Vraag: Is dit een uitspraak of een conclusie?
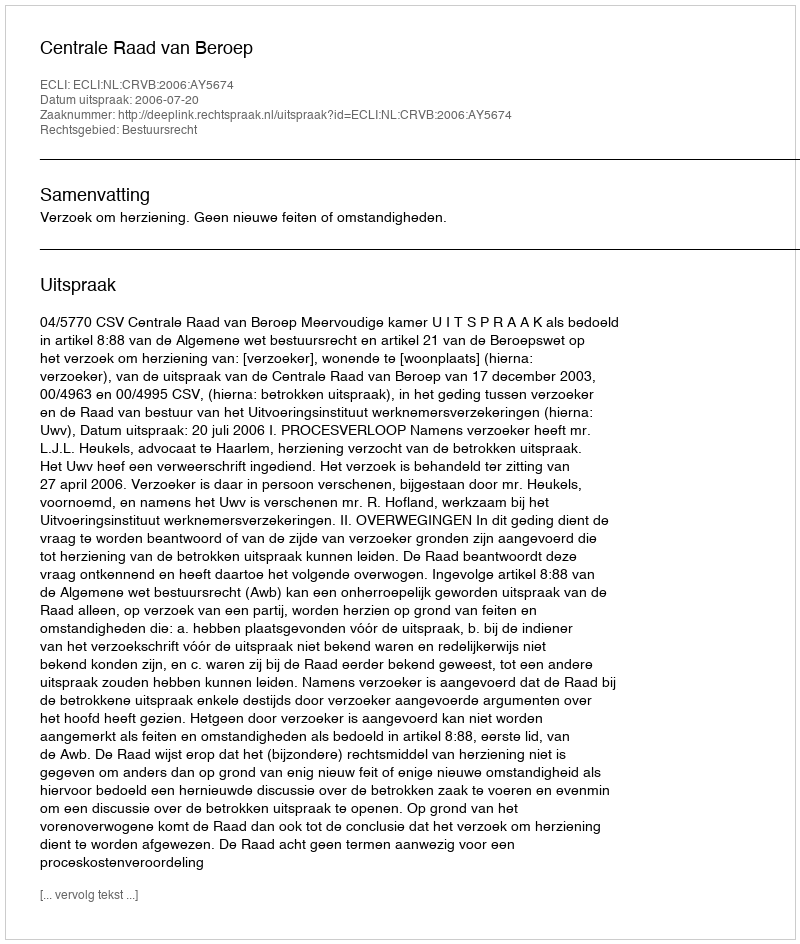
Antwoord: Uitspraak